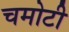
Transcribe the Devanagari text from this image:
चमोटी